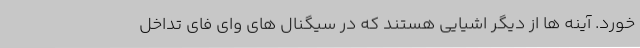
خورد. آینه ها از دیگر اشیایی هستند که در سیگنال های وای فای تداخل